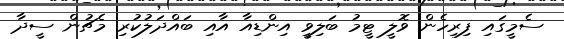
ސެމީގައި ފިރިހެން ވޮލީ ޓީމު ބަލިވީ އިންޑިއާ އާއި ބައްދަލުކުރި މެޗުން ސީދާ